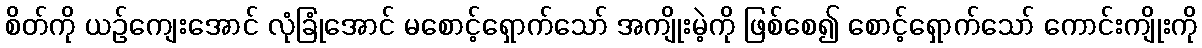
စိတ်ကို ယဉ်ကျေးအောင် လုံခြုံအောင် မစောင့်ရှောက်သော် အကျိုးမဲ့ကို ဖြစ်စေ၍ စောင့်ရှောက်သော် ကောင်းကျိုးကို